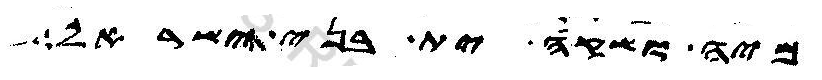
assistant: מיה ושקה ית בני ישראל